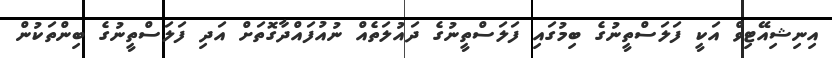
އިނިޝިއޭޓިވް އަކީ ފަލަސްތީނުގެ ބިމުގައި ފަލަސްތީނުގެ ދައުލަތެއް ނުއުފައްދާގޮތަށް އަދި ފަލަސްތީނުގެ ބިންތަކުން